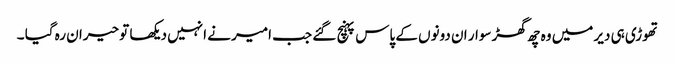
تھوڑی ہی دیر میں وہ چھ گھڑ سوار ان دونوں کے پاس پہنچ گئے جب امیر نے انہیں دیکھا تو حیران رہ گیا ۔